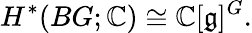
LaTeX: H^{*}(BG;\mathbb{C})\cong\mathbb{C}[{\mathfrak{g}}]^{G}.